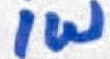
Text: 1W